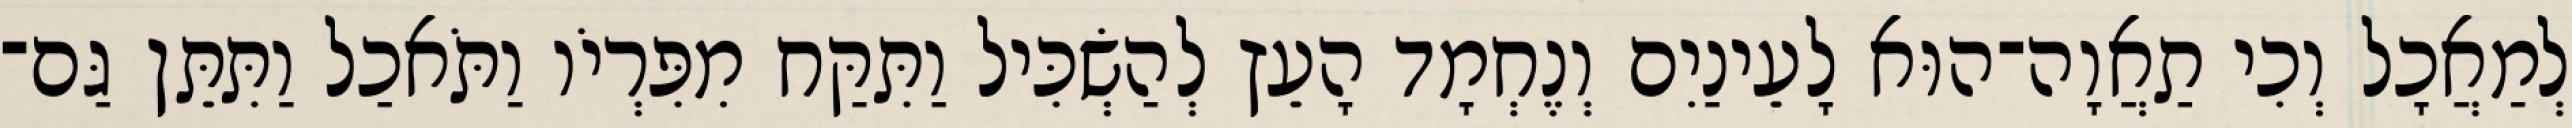
לְמַאֲכָל וְכִי תַאֲוָה־הוּא לָעֵינַיִם וְנֶחְמָד הָעֵץ לְהַשְׂכִּיל וַתִּקַּח מִפִּרְיֹו וַתֹּאכַל וַתִּתֵּן גַּם־